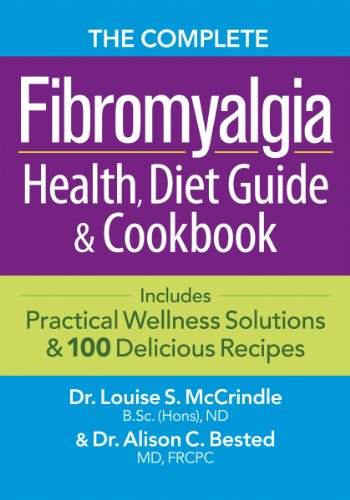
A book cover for The Complete Fibromyalgia Health, Diet Guide and Cookbook: Includes Practical Wellness Solutions and 100 Delicious Recipes; Dr. Louise McCrindle; Health, Fitness & Dieting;